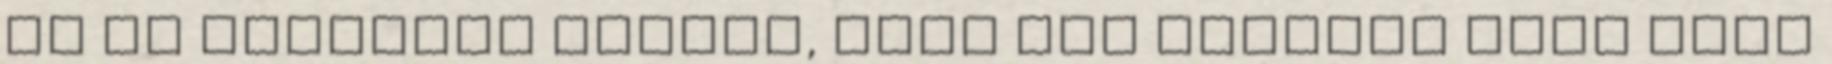
el az országot csaszu, csak nem mindegy hogy csak